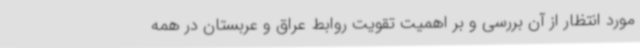
مورد انتظار از آن بررسی و بر اهمیت تقویت روابط عراق و عربستان در همه